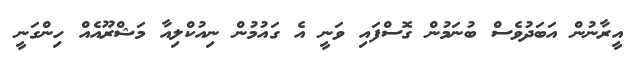
އީރާނުން އަބަދުވެސް ބުނަމުން ގޮސްފައި ވަނީ އެ ގައުމުން ނިއުކްލިއާ މަޝްރޫއެއް ހިންގަނީ